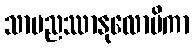
သာမညဿာနုလောမိကာ